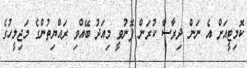
ކޮމިޓީއަށް އެ ނަން ދިރާސާ ކުރަން ފޮނުވީ މިއަދު ބޭއްވި ރައްޔިތުންގެ މަޖިލީހުގެ